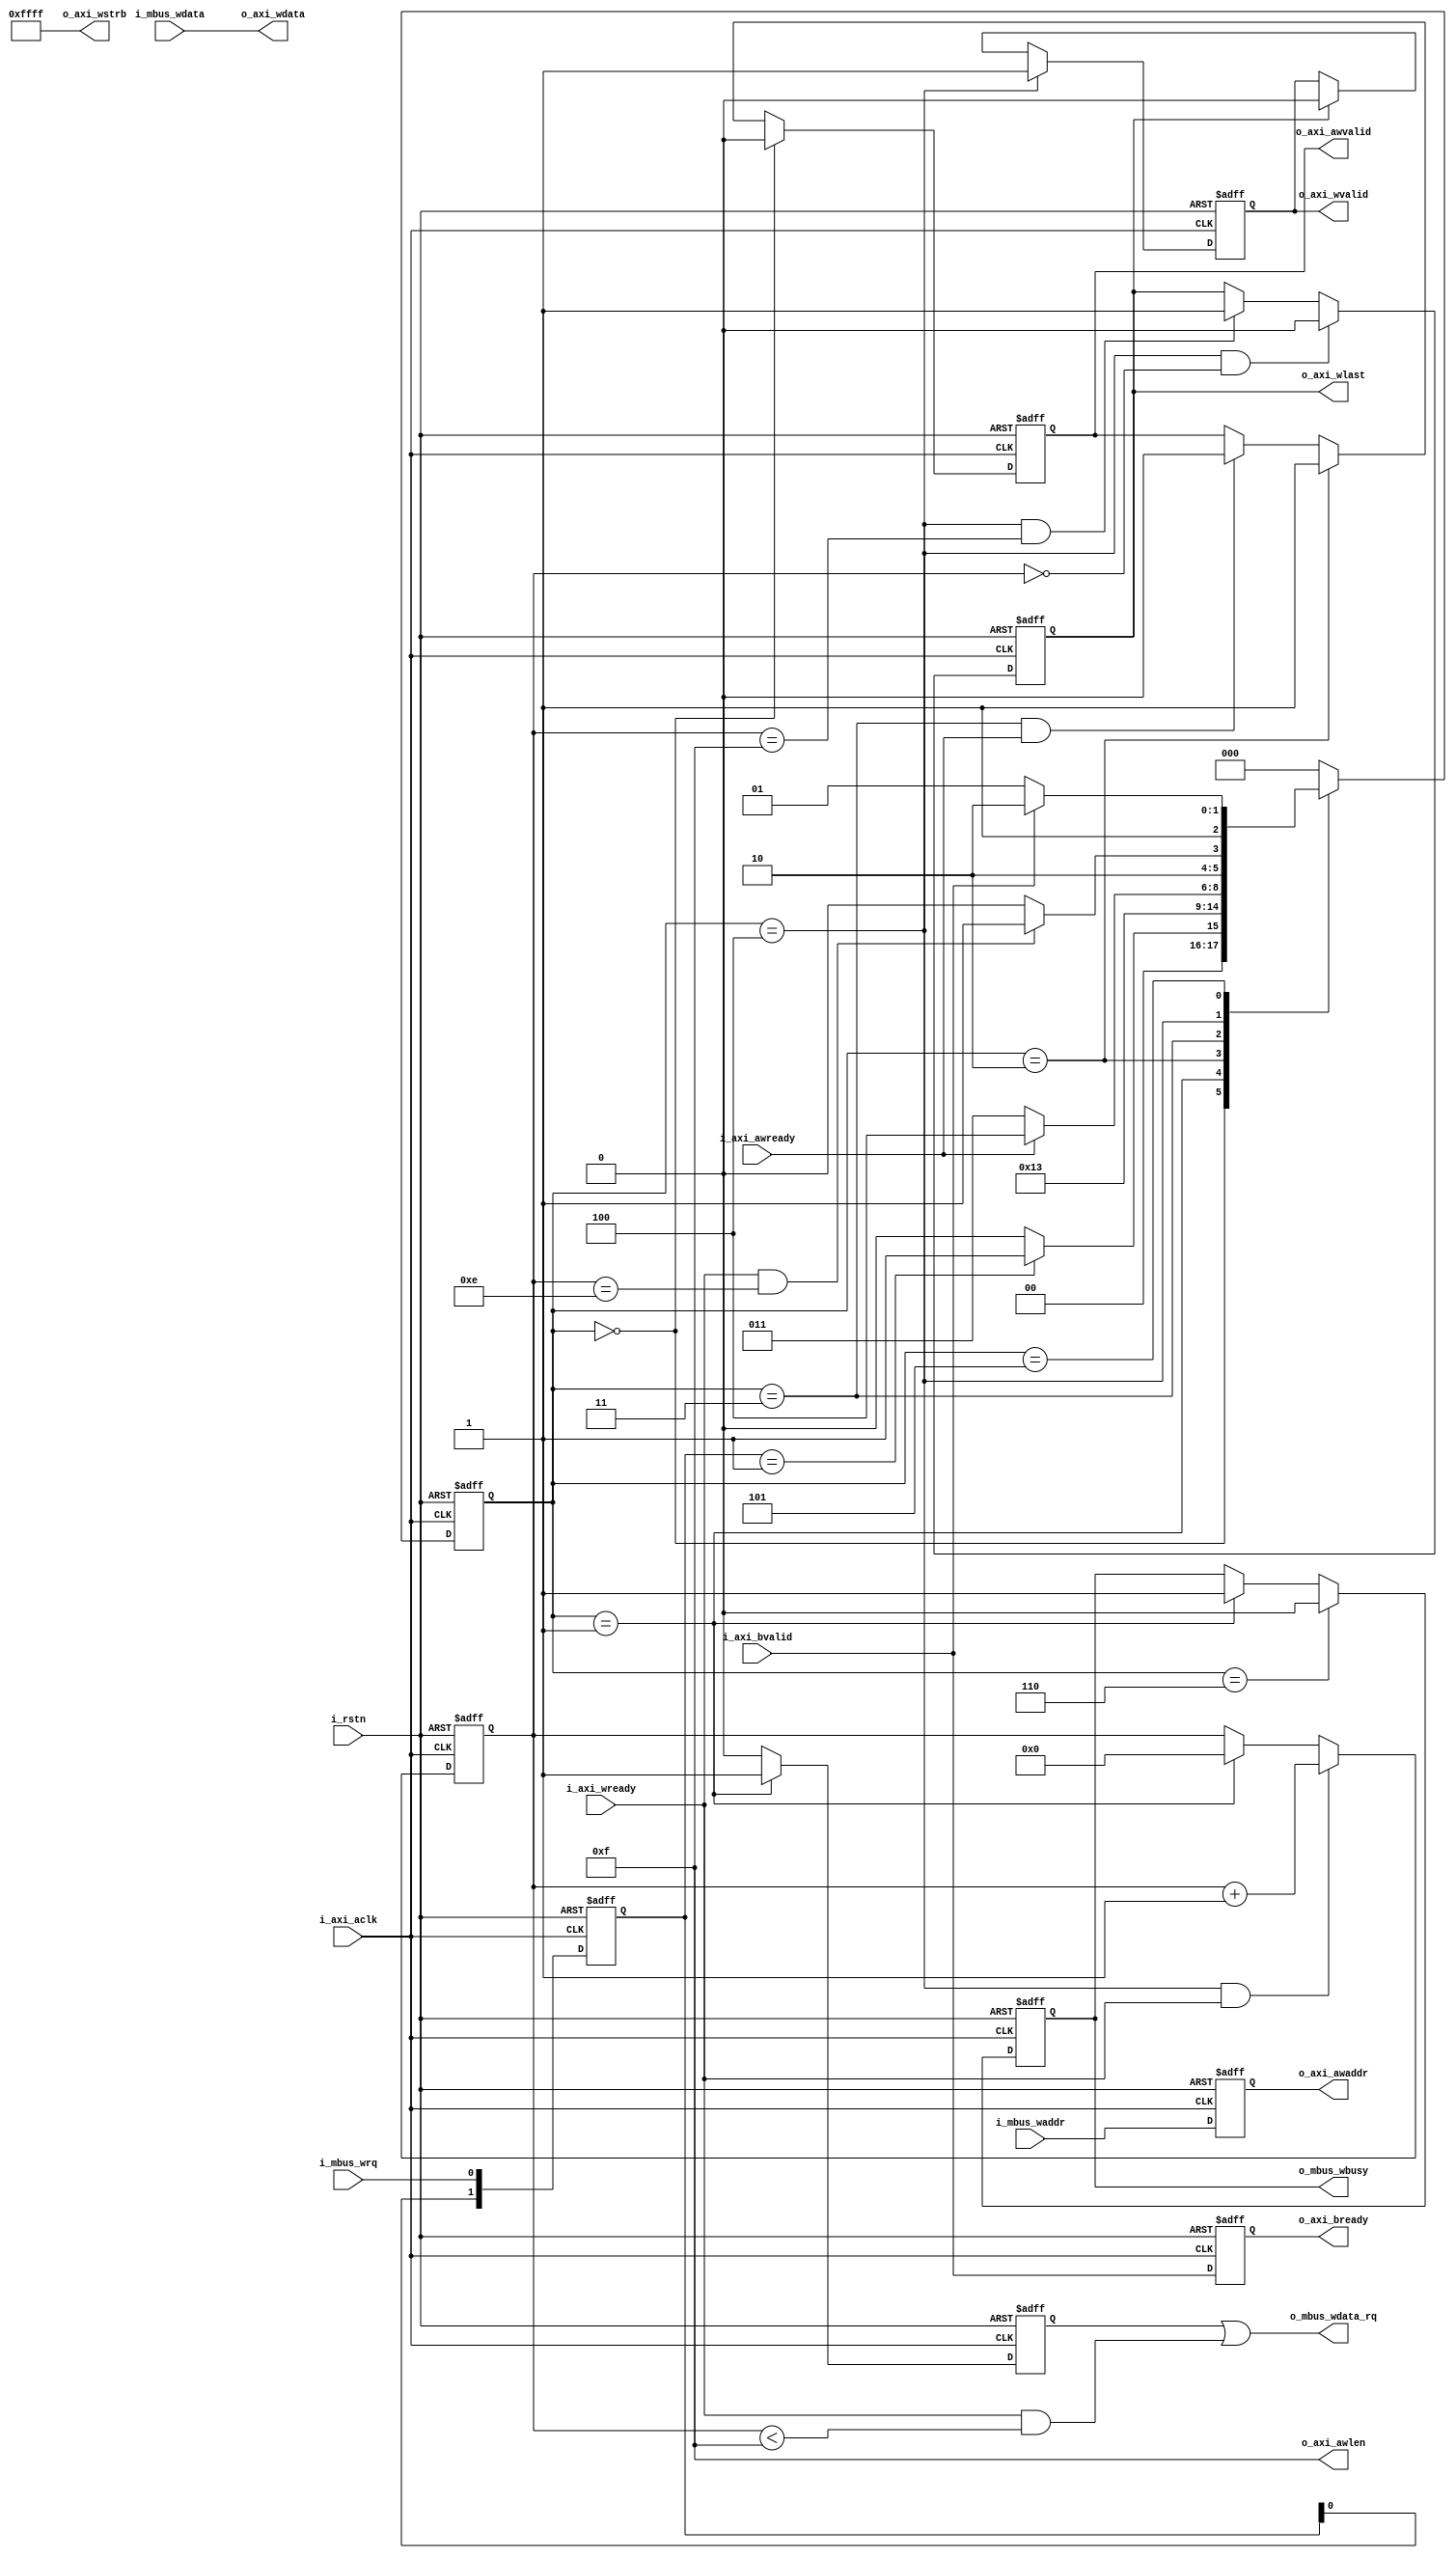
`timescale 1ns/1ps

//DDR
module DDR_WR_Ctrl
#(  parameter MEM_DQ_WIDTH         = 16,
	parameter CTRL_ADDR_WIDTH      = 28,
	parameter BURST_LENGTH		   = 8,
	parameter BURST_NUM			   = 15,
	parameter BURST_WIDTH		   = 4
)
(
	input i_rstn,
	
	//-----------------------AXI4-----------------------//
	input i_axi_aclk,
	
	//
	output [CTRL_ADDR_WIDTH - 1:0]o_axi_awaddr,				//*
	output [BURST_WIDTH - 1:0]o_axi_awlen,					//*
	output o_axi_awvalid,									//,AWADDR*
	input i_axi_awready,									//,*
	
	//
	output [MEM_DQ_WIDTH * BURST_LENGTH - 1:0]o_axi_wdata,	//*
	output [MEM_DQ_WIDTH * BURST_LENGTH/8 - 1:0]o_axi_wstrb,//,8*
	output o_axi_wlast,										//last,
	output o_axi_wvalid,									//,
	input i_axi_wready,										//ready,*
	
	//
	input i_axi_bvalid,										//
	output o_axi_bready,									//ready,
	
	//------------------------------------------//
	input i_mbus_wrq,										//
	input [CTRL_ADDR_WIDTH - 1:0]i_mbus_waddr,    			//
	input [MEM_DQ_WIDTH * BURST_LENGTH - 1:0]i_mbus_wdata,	//
	output o_mbus_wdata_rq,									//,
	output o_mbus_wbusy										//,
);
	
	//
	localparam ST_WR_IDLE  = 3'd0;
	localparam ST_WA_WAIT  = 3'd1;
	localparam ST_WA_START = 3'd2;
	localparam ST_WD_WAIT  = 3'd3;
	localparam ST_WD_PROC  = 3'd4;
	localparam ST_WR_WAIT  = 3'd5;
	localparam ST_WR_DONE  = 3'd6;
	
	//
	reg [BURST_WIDTH - 1:0]send_cnt = 0;
	
	//
	reg [2:0]state_current = 0;
	reg [2:0]state_next = 0;

	//
	reg [1:0]mbus_wrq_i = 0;
	
	//----
	reg [CTRL_ADDR_WIDTH - 1:0]axi_awaddr_o = 0;				//*
	reg axi_awvalid_o = 0;										//,AWADDR*
	
	//----
	reg axi_wlast_o = 0;										//last,
	reg axi_wvalid_o = 0;										//,
	
	//----
	reg axi_bready_o = 0;										//ready,
	
	//----BUS
	reg mbus_wdata_rq_o = 0;
	reg mbus_wbusy_o = 0;										//,
	
	//----
	assign o_axi_awaddr = axi_awaddr_o;
	assign o_axi_awlen = BURST_NUM;
	assign o_axi_awvalid = axi_awvalid_o;
	
	//----
	assign o_axi_wdata = i_mbus_wdata;
	assign o_axi_wstrb = {(MEM_DQ_WIDTH * BURST_LENGTH/8){1'b1}};
	assign o_axi_wlast = axi_wlast_o;
	assign o_axi_wvalid = axi_wvalid_o;
	
	//----
	assign o_axi_bready = axi_bready_o;
	
	//----BUS
	assign o_mbus_wdata_rq = mbus_wdata_rq_o | (i_axi_wready & send_cnt < BURST_NUM);
	assign o_mbus_wbusy = mbus_wbusy_o;
	
	//----
	always@(posedge i_axi_aclk or negedge i_rstn)begin
		if(i_rstn == 1'b0)begin
			axi_awaddr_o <= {CTRL_ADDR_WIDTH{1'b0}};
		end else begin
			axi_awaddr_o <= i_mbus_waddr;
		end
	end
	
	//
	always@(posedge i_axi_aclk or negedge i_rstn)begin
		if(i_rstn == 1'b0)axi_awvalid_o <= 1'b0;
		else if(state_current == ST_WR_IDLE)axi_awvalid_o <= 1'b0;
		else if(state_current == ST_WA_START)axi_awvalid_o <= 1'b1;
		else if(state_current == ST_WD_WAIT && i_axi_awready == 1'b1)axi_awvalid_o <= 1'b0;
		else axi_awvalid_o <= axi_awvalid_o;
	end
	
	//
	always@(posedge i_axi_aclk or negedge i_rstn)begin
		if(i_rstn == 1'b0)axi_wvalid_o <= 1'b0;
		else if(state_current == ST_WD_PROC)axi_wvalid_o <= 1'b1;
		else if(axi_wlast_o == 1'b1)axi_wvalid_o <= 1'b0;
		else axi_wvalid_o <= axi_wvalid_o;
	end
	
	//
	always@(posedge i_axi_aclk or negedge i_rstn)begin
		if(i_rstn == 1'b0)axi_wlast_o <= 1'b0;
		else if(state_current == ST_WD_PROC && send_cnt == {BURST_WIDTH{1'b0}})axi_wlast_o <= 1'b0;
		else if(state_current == ST_WD_PROC && send_cnt == BURST_NUM)axi_wlast_o <= 1'b1;
		else axi_wlast_o <= axi_wlast_o;
	end
	
	//
	always@(posedge i_axi_aclk or negedge i_rstn)begin
		if(i_rstn == 1'b0)axi_bready_o <= 1'b0;
		else axi_bready_o <= i_axi_bvalid;
	end
	
	//
	always@(posedge i_axi_aclk or negedge i_rstn)begin
		if(i_rstn == 1'b0)mbus_wbusy_o <= 1'b0;
		else if(state_current == ST_WR_DONE)mbus_wbusy_o <= 1'b0;
		else if(state_current == ST_WA_WAIT)mbus_wbusy_o <= 1'b1;
		else mbus_wbusy_o <= mbus_wbusy_o;
	end
	
	//--
	always@(posedge i_axi_aclk or negedge i_rstn)begin
		if(i_rstn == 1'b0)mbus_wdata_rq_o <= 1'b0;
		else if(state_current == ST_WA_WAIT)mbus_wdata_rq_o <= 1'b1;
		else mbus_wdata_rq_o <= 1'b0;
	end
	
	//
	always@(*)begin
		case(state_current)
			ST_WR_IDLE:begin
				if(mbus_wrq_i == 2'b01)state_next <= ST_WA_WAIT;
				else state_next <= ST_WR_IDLE;
			end
			ST_WA_WAIT:state_next <= ST_WA_START;
			ST_WA_START:state_next <= ST_WD_WAIT;
			ST_WD_WAIT:begin
				if(i_axi_awready == 1'b1)state_next <= ST_WD_PROC;
				else state_next <= ST_WD_WAIT;
			end
			ST_WD_PROC:begin
				if(i_axi_wready == 1'b1 && send_cnt == BURST_NUM - 1)state_next <= ST_WR_WAIT;
				else state_next <= ST_WD_PROC;
			end
			ST_WR_WAIT:begin
				if(i_axi_bvalid == 1'b1)state_next <= ST_WR_DONE;
				else state_next <= ST_WR_WAIT;
			end
			ST_WR_DONE:state_next <= ST_WR_IDLE;
			default:state_next <= ST_WR_IDLE;
		endcase
	end
	
	//
	always@(posedge i_axi_aclk or negedge i_rstn)begin
		if(i_rstn == 1'b0)begin
			state_current <= 3'd0;
		end else begin
			state_current <= state_next;
		end
	end
	
	//
	always@(posedge i_axi_aclk or negedge i_rstn)begin
		if(i_rstn == 1'b0)send_cnt <= {BURST_WIDTH{1'b0}};
		else if(state_current == ST_WD_PROC && i_axi_wready == 1'b1)send_cnt <= send_cnt + 1'b1;
		else if(state_current == ST_WA_WAIT)send_cnt <= {BURST_WIDTH{1'b0}};
		else send_cnt <= send_cnt;
	end
	
	//
	always@(posedge i_axi_aclk or negedge i_rstn)begin
		if(i_rstn == 1'b0)begin
			mbus_wrq_i <= 2'd0;
		end else begin
			mbus_wrq_i <= {mbus_wrq_i[0],i_mbus_wrq};
		end
	end
endmodule